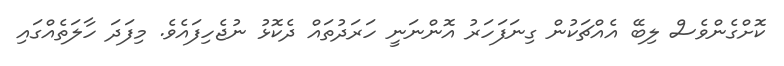
ކޮށްގެންވެސް ލިބޭ އެއްޗަކުން ގިނަފަހަރު އޮންނަނީ ހަރަދުތައް ދެކޮޅު ނުޖެހިފައެވެ. މިފަދަ ހާލަތެއްގައި